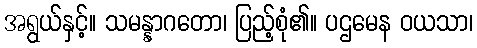
အရွယ်နှင့်။ သမန္နာဂတော၊ ပြည့်စုံ၏။ ပဌမေန ဝယသာ၊